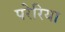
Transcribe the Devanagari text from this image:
परेरिया